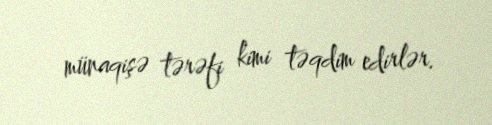
münaqişə tərəfi kimi təqdim edirlər.